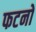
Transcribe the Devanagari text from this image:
फटनों